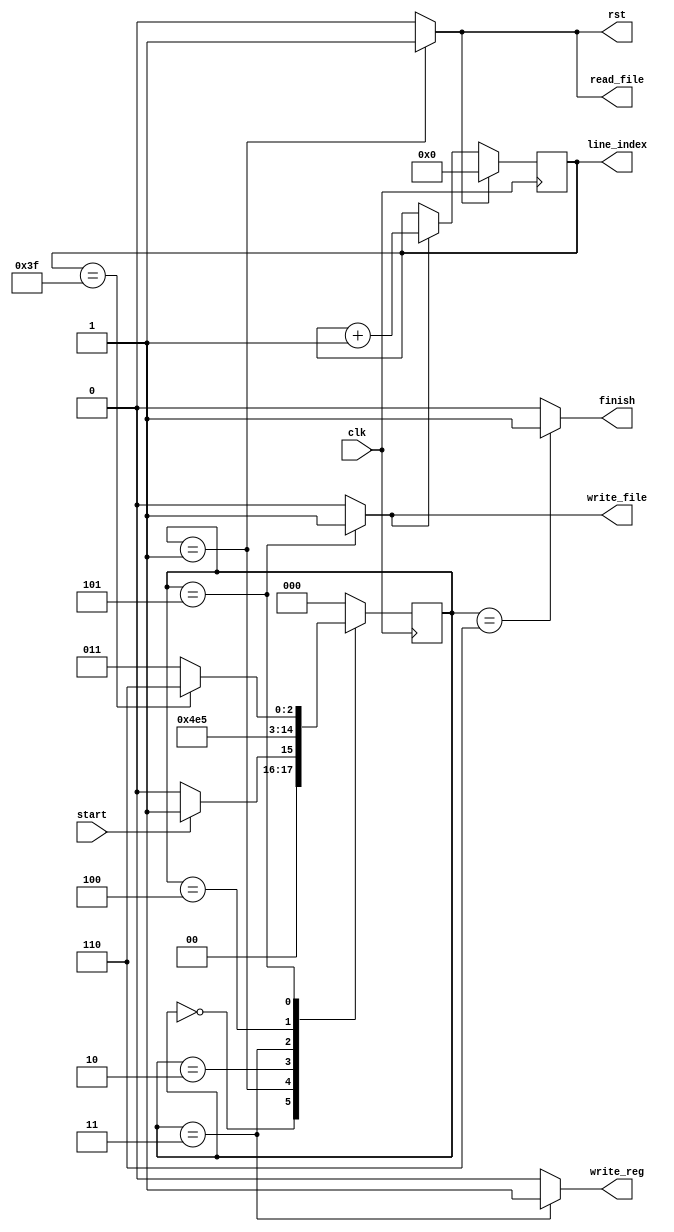
`timescale 1ns/1ns

`define idle                3'd0
`define init                3'd1
`define read                3'd2
`define reg_write           3'd3
`define cal                 3'd4
`define write_to_file       3'd5
`define done                3'd6

module addRC_controller(clk, rst, line_index, start, read_file, write_reg, write_file, finish);

  input clk, start;

  output reg read_file, write_reg, write_file, finish;
  output reg rst;
  output [5:0] line_index;

  reg [2:0] pstate = `idle, nstate;
  reg cnt_inc;
	
  reg [5:0] counter;

  always @(pstate, start, counter) begin
    {nstate, rst, read_file, write_reg, cnt_inc, write_file, finish} = 9'b0;
    case (pstate)
      `idle: begin nstate = (start) ? `init: `idle; end
      `init: begin nstate = `read; rst = 1'b1; read_file = 1'b1; end
      `read: begin nstate =  `reg_write; end
      `reg_write: begin nstate = `cal; write_reg = 1'b1; end
      `cal: begin nstate = `write_to_file; end
      `write_to_file: begin nstate = (counter == 6'd63) ? `done : `reg_write; write_file = 1'b1; cnt_inc = 1'b1; end
      `done: begin nstate = `idle; finish = 1'b1; end
      default: nstate =`idle;
    endcase
  end

  always @(posedge clk) begin
    pstate <= nstate;
  end

  assign line_index = counter;
  
  always @(posedge clk) begin
    if (rst) begin
      counter <= 0;
    end
    else if (cnt_inc) begin
      counter <= counter + 1;
    end
  end

endmodule